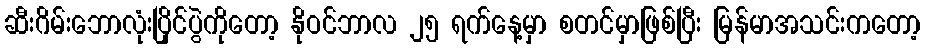
ဆီးဂိမ်းဘောလုံးပြိုင်ပွဲကိုတော့ နိုဝင်ဘာလ ၂၅ ရက်နေ့မှာ စတင်မှာဖြစ်ပြီး မြန်မာအသင်းကတော့